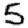
Digit: 5